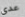
عدى